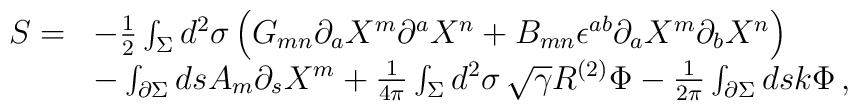
\begin{array}{ll}S=&-\frac{1}{2}\int_\Sigma d^2\sigma \left(G_{mn}\partial_a X^m\partial^aX^n +B_{mn}\epsilon^{ab}\partial_aX^m\partial_bX^n\right) \\&-\int_{\partial\Sigma} ds A_m\partial_sX^m+\frac{1}{4\pi}\int_\Sigma d^2\sigma\, \sqrt{\gamma}R^{(2)}\Phi -\frac{1}{2\pi}\int_{\partial\Sigma} ds k \Phi \, , \end{array}